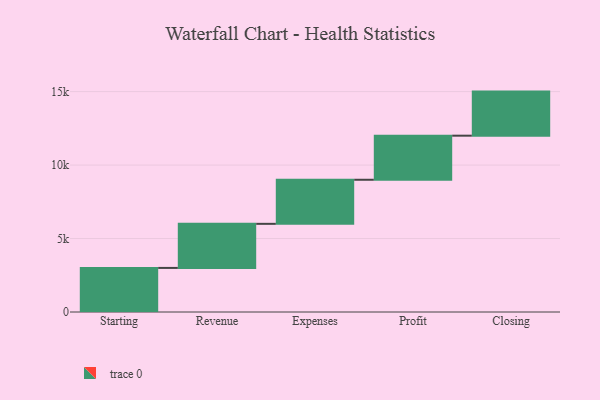
{"axis": {"x": "Step", "y": "Value"}, "legend": [""], "data": [{"x": "Starting", "y": 3000, "type": ""}, {"x": "Revenue", "y": 3000, "type": ""}, {"x": "Expenses", "y": 3000, "type": ""}, {"x": "Profit", "y": 3000, "type": ""}, {"x": "Closing", "y": 3000, "type": ""}]}